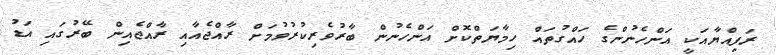
ރަފިއްޔާއަކީ އަންހެނުންގެ ހައްގުތައް ހިމާޔަތްކޮށް އަންހެނުން ބާރުވެރިކުރުވުމަށް ރާއްޖެއާއި ރާއްޖެއިން ބޭރުގައި އަޑު